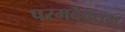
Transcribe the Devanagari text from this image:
परमदैवतम्